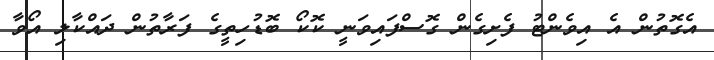
އެގޮތުން އެ އިވެންޓު ފެށިގެން ގޮސްފައިވަނީ ކޮކޯ ބޮޑުހިތީގެ ފަރާތުން ދައްކާލި އޯވާ